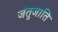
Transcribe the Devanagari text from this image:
जंतुजाति